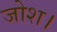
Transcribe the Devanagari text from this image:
जोश।